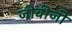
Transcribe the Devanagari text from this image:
जीवीजी